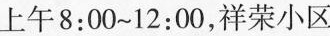
上午8:00~12:00，祥荣小区